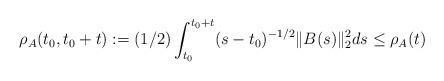
LaTeX: \begin{align*} \rho_A(t_0, t_0 +t) := (1/2) \int_{t_0}^{t_0 + t} (s-t_0)^{-1/2} \| B(s)\|_2^2 ds \le \rho_A(t) \end{align*}